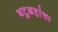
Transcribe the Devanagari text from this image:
बटुग्रहांचा